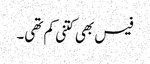
فیس بھی کتنی کم تھی۔